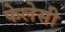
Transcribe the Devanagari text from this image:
फेलेसी